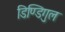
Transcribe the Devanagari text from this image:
डिण्डिगुल